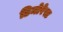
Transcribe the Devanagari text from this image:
डिमोरेस्ट